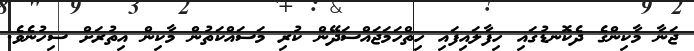
ޖަނާ މާކިންގެ ދެކޮނޑުގައި ހިފާލައިފައި ހިތްހަމަޖައްސަދޭން ކުރި މަސައްކަތުން މާކިން އިތުރަށް ސިހުނެވެ.